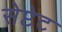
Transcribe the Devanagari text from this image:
सेप्टेट